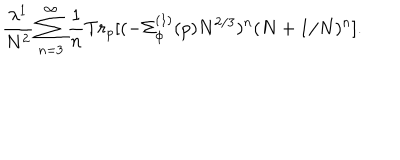
LaTeX: \frac { \lambda ^ { 1 } } { N ^ { 2 } } \sum _ { n = 3 } ^ { \infty } \frac { 1 } { n } T r _ { p } [ ( - \Sigma _ { \phi } ^ { ( 1 ) } ( p ) N ^ { 2 / 3 } ) ^ { n } ( N + 1 / N ) ^ { n } ] .